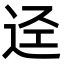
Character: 迳